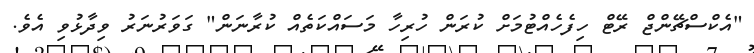
"އެކްސްޗޭންޖް ރޭޓް ހިފެހެއްޓުމަށް ކުރަން ހުރިހާ މަސައްކަތެއް ކުރާނަން" ގަވަރުނަރު ވިދާޅުވި އެވެ.